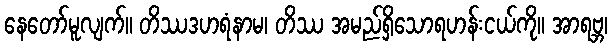
နေတော်မူလျက်။ တိဿဒဟရံနာမ၊ တိဿ အမည်ရှိသောရဟန်းငယ်ကို။ အာရဗ္ဘ၊